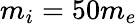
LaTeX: m_{i}=50m_{e}